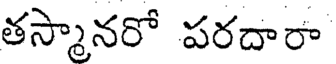
తస్మానరో పరదారా